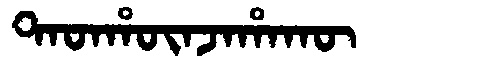
Manchu: ᡨᠠᡨᡥᡡᠨᠵᠠᡥᠠᡴᡡ
Romanization: TATHŪNJAHAKŪ